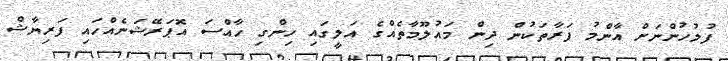
ފުލުހުންނަށް އާންމު ފަރާތަކުން ދިން މައުލޫމާތެއްގެ އަލީގައި ހިންގި ހާއްސަ އޮޕަރޭޝަނެއްހައި ފަރިޔާޝްް